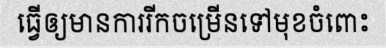
ធ្វើឲ្យមានការរីកចម្រើនទៅមុខចំពោះ